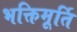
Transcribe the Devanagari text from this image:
भक्तिमूर्ति